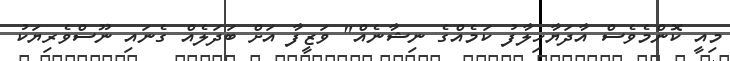
މިއީ ކޮންމެވެސް އާދަޔާހިލާފު ކަމެއްގެ ނިޝާނެއް" ވަޒީފާ އަށް ބަދަލެއް ގެނައި ނޫސްވެރިޔަކު